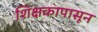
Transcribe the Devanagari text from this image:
शिक्षकापासून